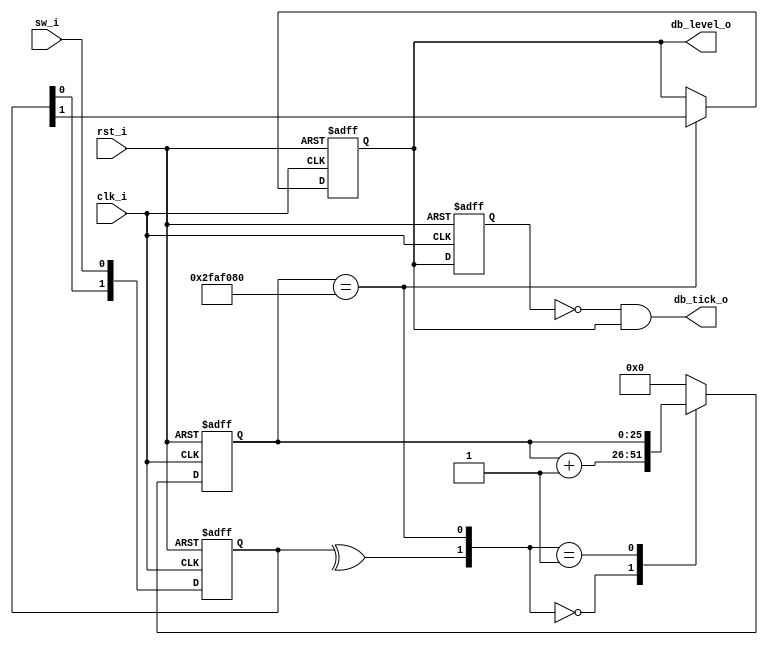
// Name: .v
//
// Description:

module debouncer (
  input  clk_i,
  input  rst_i,
  input  sw_i,
  output db_level_o,
  output db_tick_o
);

  localparam Width  = 26; 
  localparam MaxVal = 26'd50_000_000;

  // Internal logic 
  reg [1:0] ff_i;
  reg       ff_o;
  reg [Width-1:0] counter; // more than enough for most frequencies
  reg [Width-1:0] counter_next;
  wire clear_counter;
  wire counter_max;
  
  // Run the button through two flip-flops to avoid metastability issues
  always @(posedge clk_i, posedge rst_i) begin
    if (rst_i) begin
      ff_i <= 2'b00;
      counter <= { Width {1'b0} };
    end else begin
      ff_i[1:0] <= {ff_i[0], sw_i};
      counter <= counter_next;
    end
  end

  assign clear_counter = ^ff_i;
  assign counter_max = (counter == MaxVal);
  
  always @(*) begin
    case ( {clear_counter, counter_max} )
      2'b00 : counter_next = counter + 1'b1;
      2'b01 : counter_next = counter;
    default : counter_next = { Width {1'b0} };
    endcase
  end

  // Create the output data logic
  always @(posedge clk_i, posedge rst_i) begin
    if (rst_i) begin
      ff_o <= 1'b0;
    end else if(counter_max) begin
      ff_o <= ff_i[1];
    end
  end

  assign db_level_o = ff_o;
  
  // Edge detector circuit
  reg tick_reg;
  
  always @(posedge clk_i, posedge rst_i) begin
    if (rst_i)
      tick_reg <= 1'b0;
    else
      tick_reg <= ff_o;
  end
  
  assign db_tick_o = ~tick_reg & ff_o;
  
endmodule